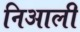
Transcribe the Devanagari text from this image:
निआली